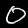
Digit: 0